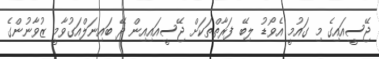
ޖޭސީއައިގެ މި ގައުމީ އެވޯޑު ލިބޭ ފަރާތްތަކަށް ޖޭސީއައިއިން ދޭ ބައިނަލްއަގުވާމީ ޒުވާނުންގެ